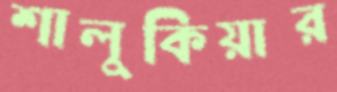
শালুকিয়ার